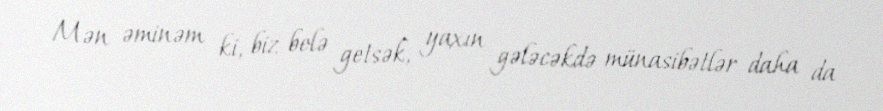
Mən əminəm ki, biz belə getsək, yaxın gələcəkdə münasibətlər daha da